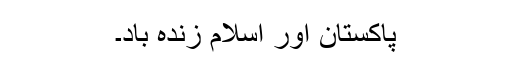
پاکستان اور اسلام زندہ باد۔